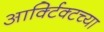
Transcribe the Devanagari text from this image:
आर्क्टिक्टच्या